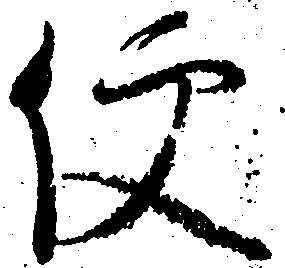
便